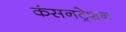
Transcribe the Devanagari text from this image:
कंसनट्रेशन